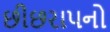
છીછરાપનો